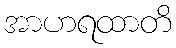
အာဟရထာတိ